Indian journal of veterinary science and animal husbandry - Volume 6,
Year: 1936
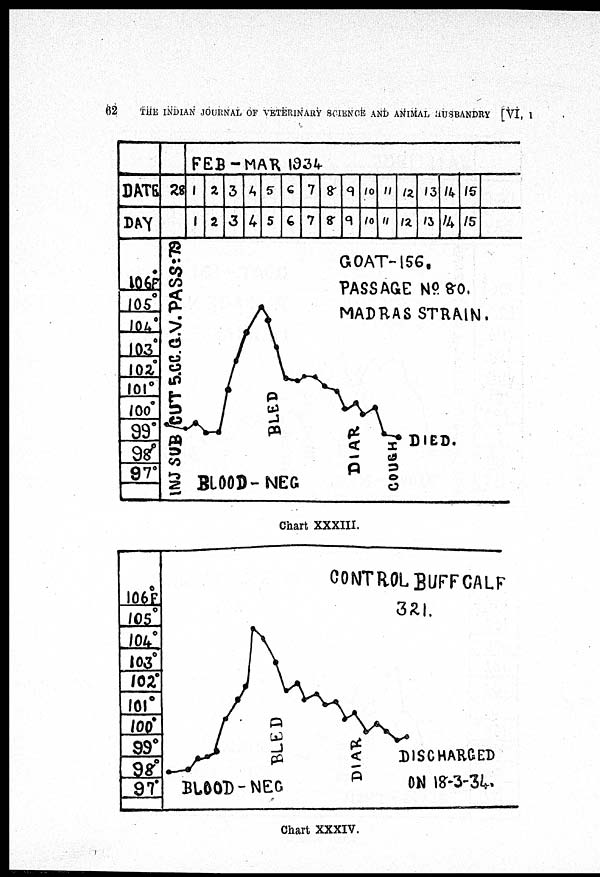
62
THE INDIAN JOURNAL OF VETERINARY SCIENCE AND ANIMAL HUSBANDRY [VI, I
Chart XXXIII.
Chart XXXIV.